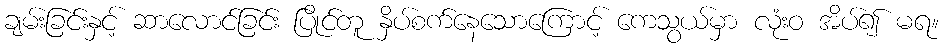
ချမ်းခြင်းနှင့် ဆာလောင်ခြင်း ပြိုင်တူ နှိပ်စက်နေသောကြောင့် ကေသွယ်မှာ လုံးဝ အိပ်၍ မရ။